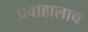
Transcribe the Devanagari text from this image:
प्रवाहालाच